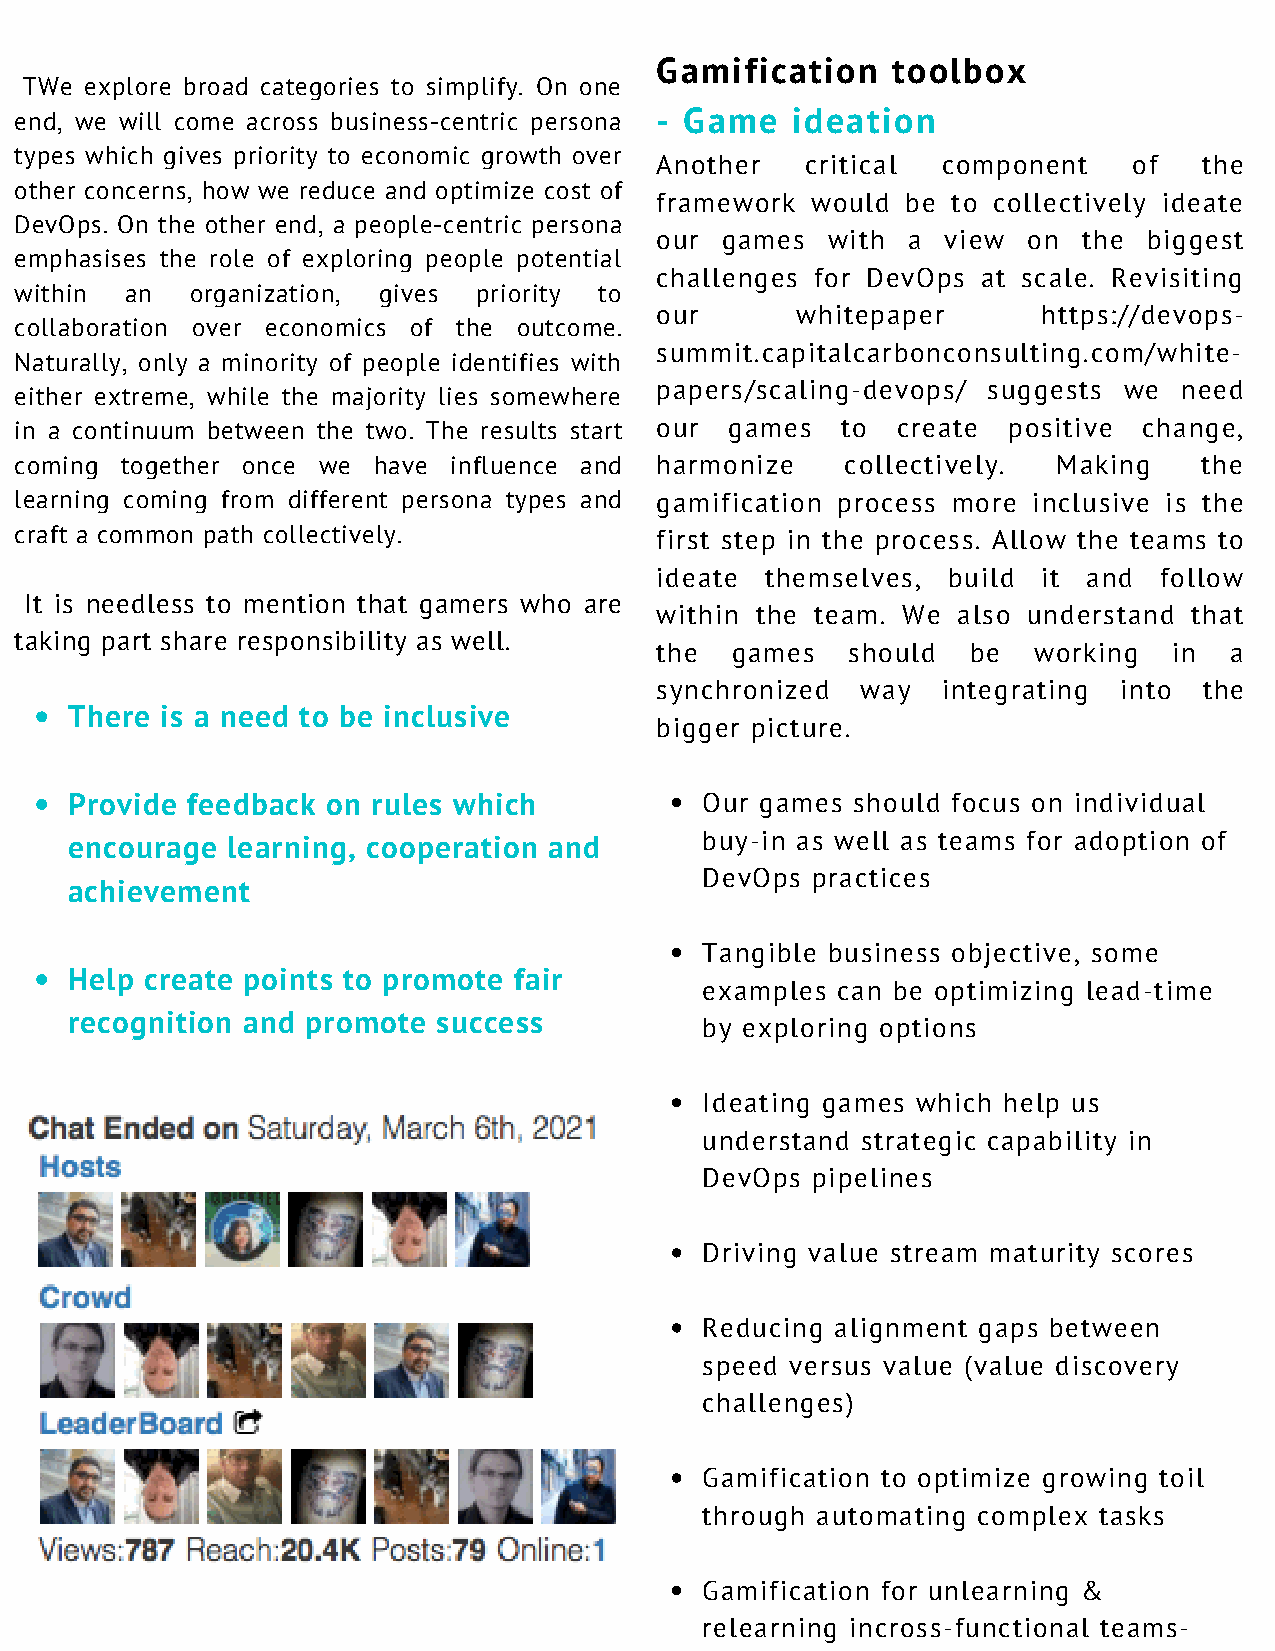
Gamification    toolbox
 TWe explore broad categories to simplify. On one
 end, we will come across business-centric persona - Game ideation
 types which gives priority to economic growth over
 Another   critical component    of   the
 other concerns, how we reduce and optimize cost of
 framework  would be to collectively ideate
 DevOps. On the other end, a people-centric persona
 our  games  with a  view on  the biggest
 emphasises the role of exploring people potential
 challenges for DevOps at scale. Revisiting
 within an   organization, gives priority to
 our       whitepaper      https://devops-
 collaboration over economics of the outcome.
 summit.capitalcarbonconsulting.com/white-
 Naturally, only a minority of people identifies with
 papers/scaling-devops/ suggests we need
 either extreme, while the majority lies somewhere
 in a continuum between the two. The results start our games to create positive change,
 coming together once we have influence and harmonize   collectively. Making    the
 learning coming from different persona types and gamification process more inclusive is the
 craft a common path collectively.         first step in the process. Allow the teams to
 ideate  themselves, build it and  follow
 It is needless to mention that gamers who are
 within the team. We also understand that
 taking part share responsibility as well.
 the  games   should  be  working   in a
 synchronized  way  integrating into  the
 There  is a need to be inclusive
 bigger picture.
 Provide feedback  on rules which          Our games should focus on individual
 encourage  learning, cooperation and      buy-in as well as teams for adoption of
 DevOps  practices
 achievement
 Tangible business objective, some
 Help  create points to promote fair
 examples can be optimizing lead-time
 recognition and promote  success
 by exploring options
 Ideating games which help us
 understand strategic capability in
 DevOps  pipelines
 Driving value stream maturity scores
 Reducing alignment gaps between
 speed versus value (value discovery
 challenges)
 Gamification to optimize growing toil
 through automating complex tasks
 Gamification for unlearning &
 relearning incross-functional teams-